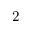
2